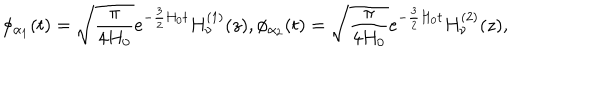
LaTeX: \phi _ { \alpha _ { 1 } } ( t ) = \sqrt { \frac { \pi } { 4 H _ { 0 } } } e ^ { - \frac { 3 } { 2 } H _ { 0 } t } H _ { \nu } ^ { ( 1 ) } ( z ) , \phi _ { \alpha _ { 2 } } ( t ) = \sqrt { \frac { \pi } { 4 H _ { 0 } } } e ^ { - \frac { 3 } { 2 } H _ { 0 } t } H _ { \nu } ^ { ( 2 ) } ( z ) ,